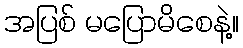
အပြစ် မပြောမိစေနဲ့။